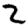
Digit: 2